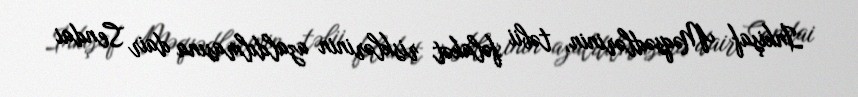
İnkişaf Məqsədlərinin, təbii fəlakət risklərinin azaldılmasına dair Sendai